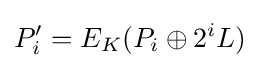
P'_{i}=E_{K}(P_{i}\oplus 2^{i}L)